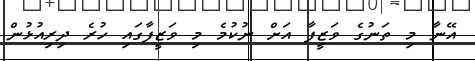
އޭނާ މި ތަނުގެ ވަޒީފާ އަށް ނުކުމެ މި ވަޒީފާގައި ހުރެ ދިރިއުޅުން